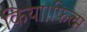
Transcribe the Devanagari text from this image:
किया।फिल्म